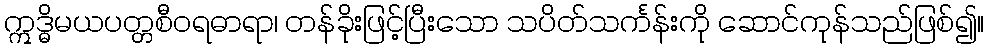
ဣဒ္ဓိမယပတ္တစီဝရဓာရာ၊ တန်ခိုးဖြင့်ပြီးသော သပိတ်သင်္ကန်းကို ဆောင်ကုန်သည်ဖြစ်၍။